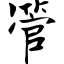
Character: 管